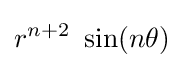
r^{n+2}~\sin(n\theta )